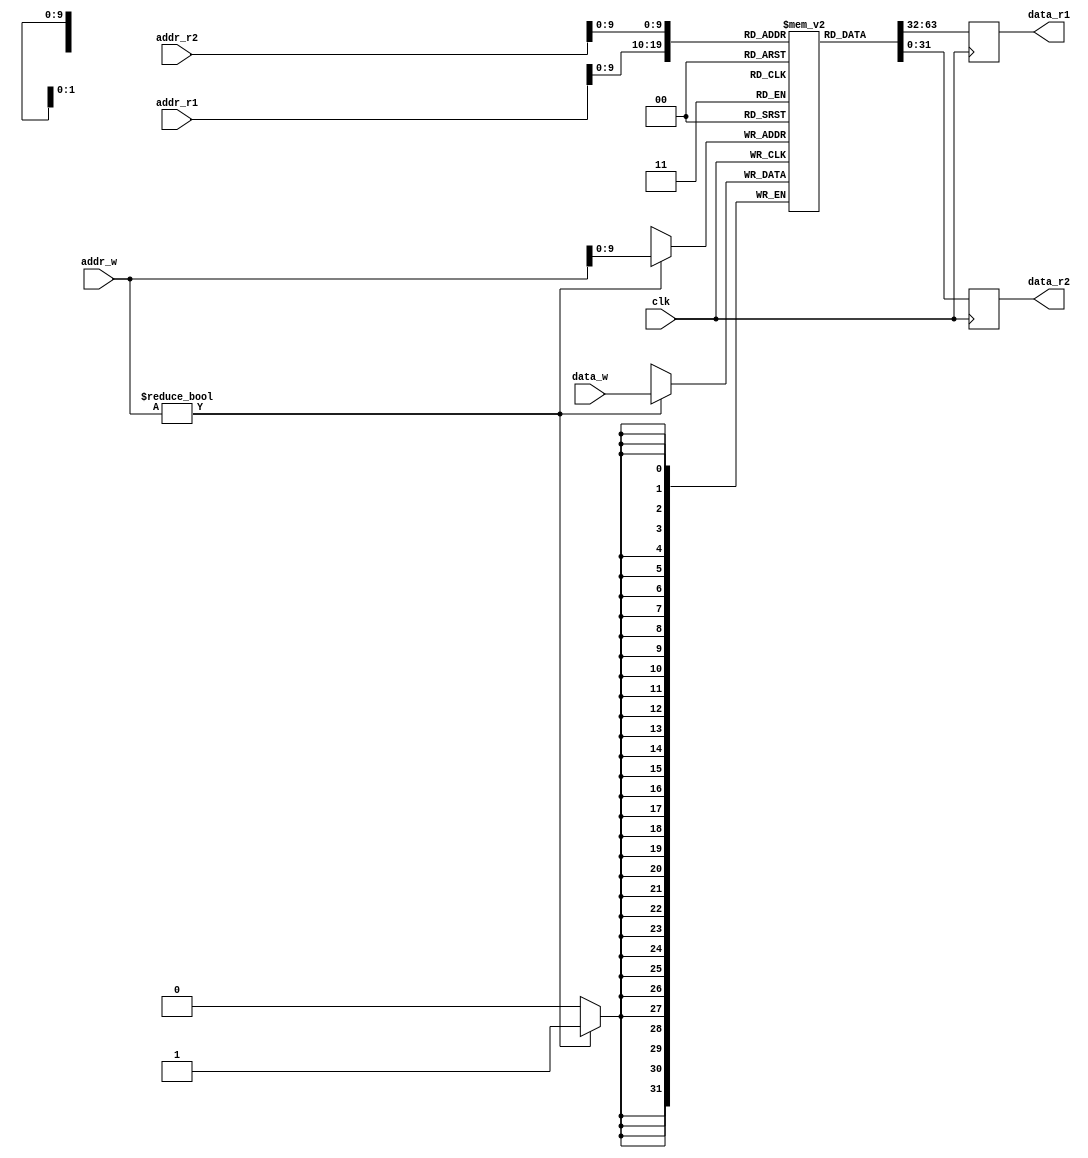
module register_file
(
  input wire clk,              // Clock signal
  input wire [31:0] addr_r1,   // Read port 1 address
  input wire [31:0] addr_r2,   // Read port 2 address
  input wire [31:0] addr_w,    // Write port address
  input wire [31:0] data_w,    // Data to write
  output reg [31:0] data_r1,   // Read port 1 output data
  output reg [31:0] data_r2    // Read port 2 output data
);

reg [31:0] mem [0:1023];      // Array of registers in the memory blocks

always @(posedge clk) begin
  // Read operation for port 1
  data_r1 <= mem[addr_r1];

  // Read operation for port 2
  data_r2 <= mem[addr_r2];

  // Write operation
  if (addr_w != 0) begin
    mem[addr_w] <= data_w;
  end
end

endmodule